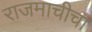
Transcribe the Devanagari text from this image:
राजमाचीचा